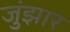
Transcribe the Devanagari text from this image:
जुंझार